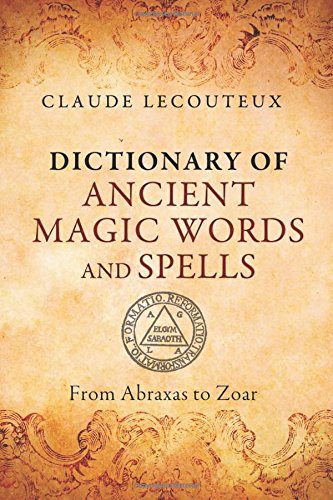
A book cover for Dictionary of Ancient Magic Words and Spells: From Abraxas to Zoar; Claude Lecouteux; Reference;